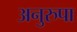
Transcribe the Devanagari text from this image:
अनुरुपा